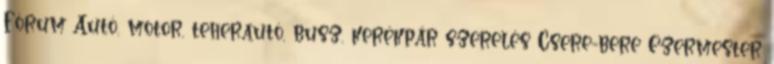
Fórum Autó, motor, teherautó, busz, kerékpár szerelés Csere-bere Ezermester